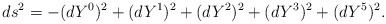
\begin{align*}ds^2 = -(dY^0)^2 + (dY^1)^2 + (dY^2)^2 + (dY^3)^2 + (dY^5)^2. \end{align*}